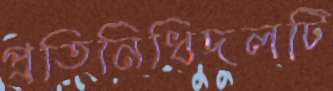
প্রতিনিধিদলটি